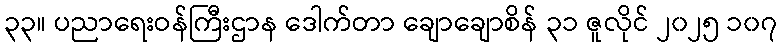
၃၃။ ပညာရေးဝန်ကြီးဌာန ဒေါက်တာ ချောချောစိန် ၃၁ ဇူလိုင် ၂၀၂၅ ၁၀၇